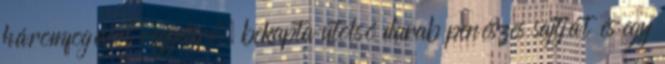
háromfogásos reggelire, bekapta utolsó darab penészes sajtját és egy